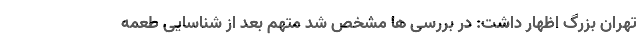
تهران بزرگ اظهار داشت: در بررسی ها مشخص شد متهم بعد از شناسایی طعمه